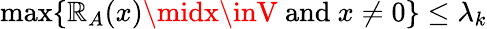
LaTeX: \operatorname*{max}\{ \mathbb{R}_{A}(x)\midx\inV{\mathrm{{~and~}}}x\neq0\} \leq\lambda_{k}